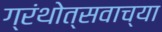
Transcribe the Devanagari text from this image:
ग्रंथोत्सवाच्या